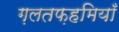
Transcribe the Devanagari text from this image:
ग़लतफ़हमियाँ